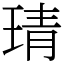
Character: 𤦭